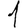
Digit: 1